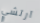
آرتشي